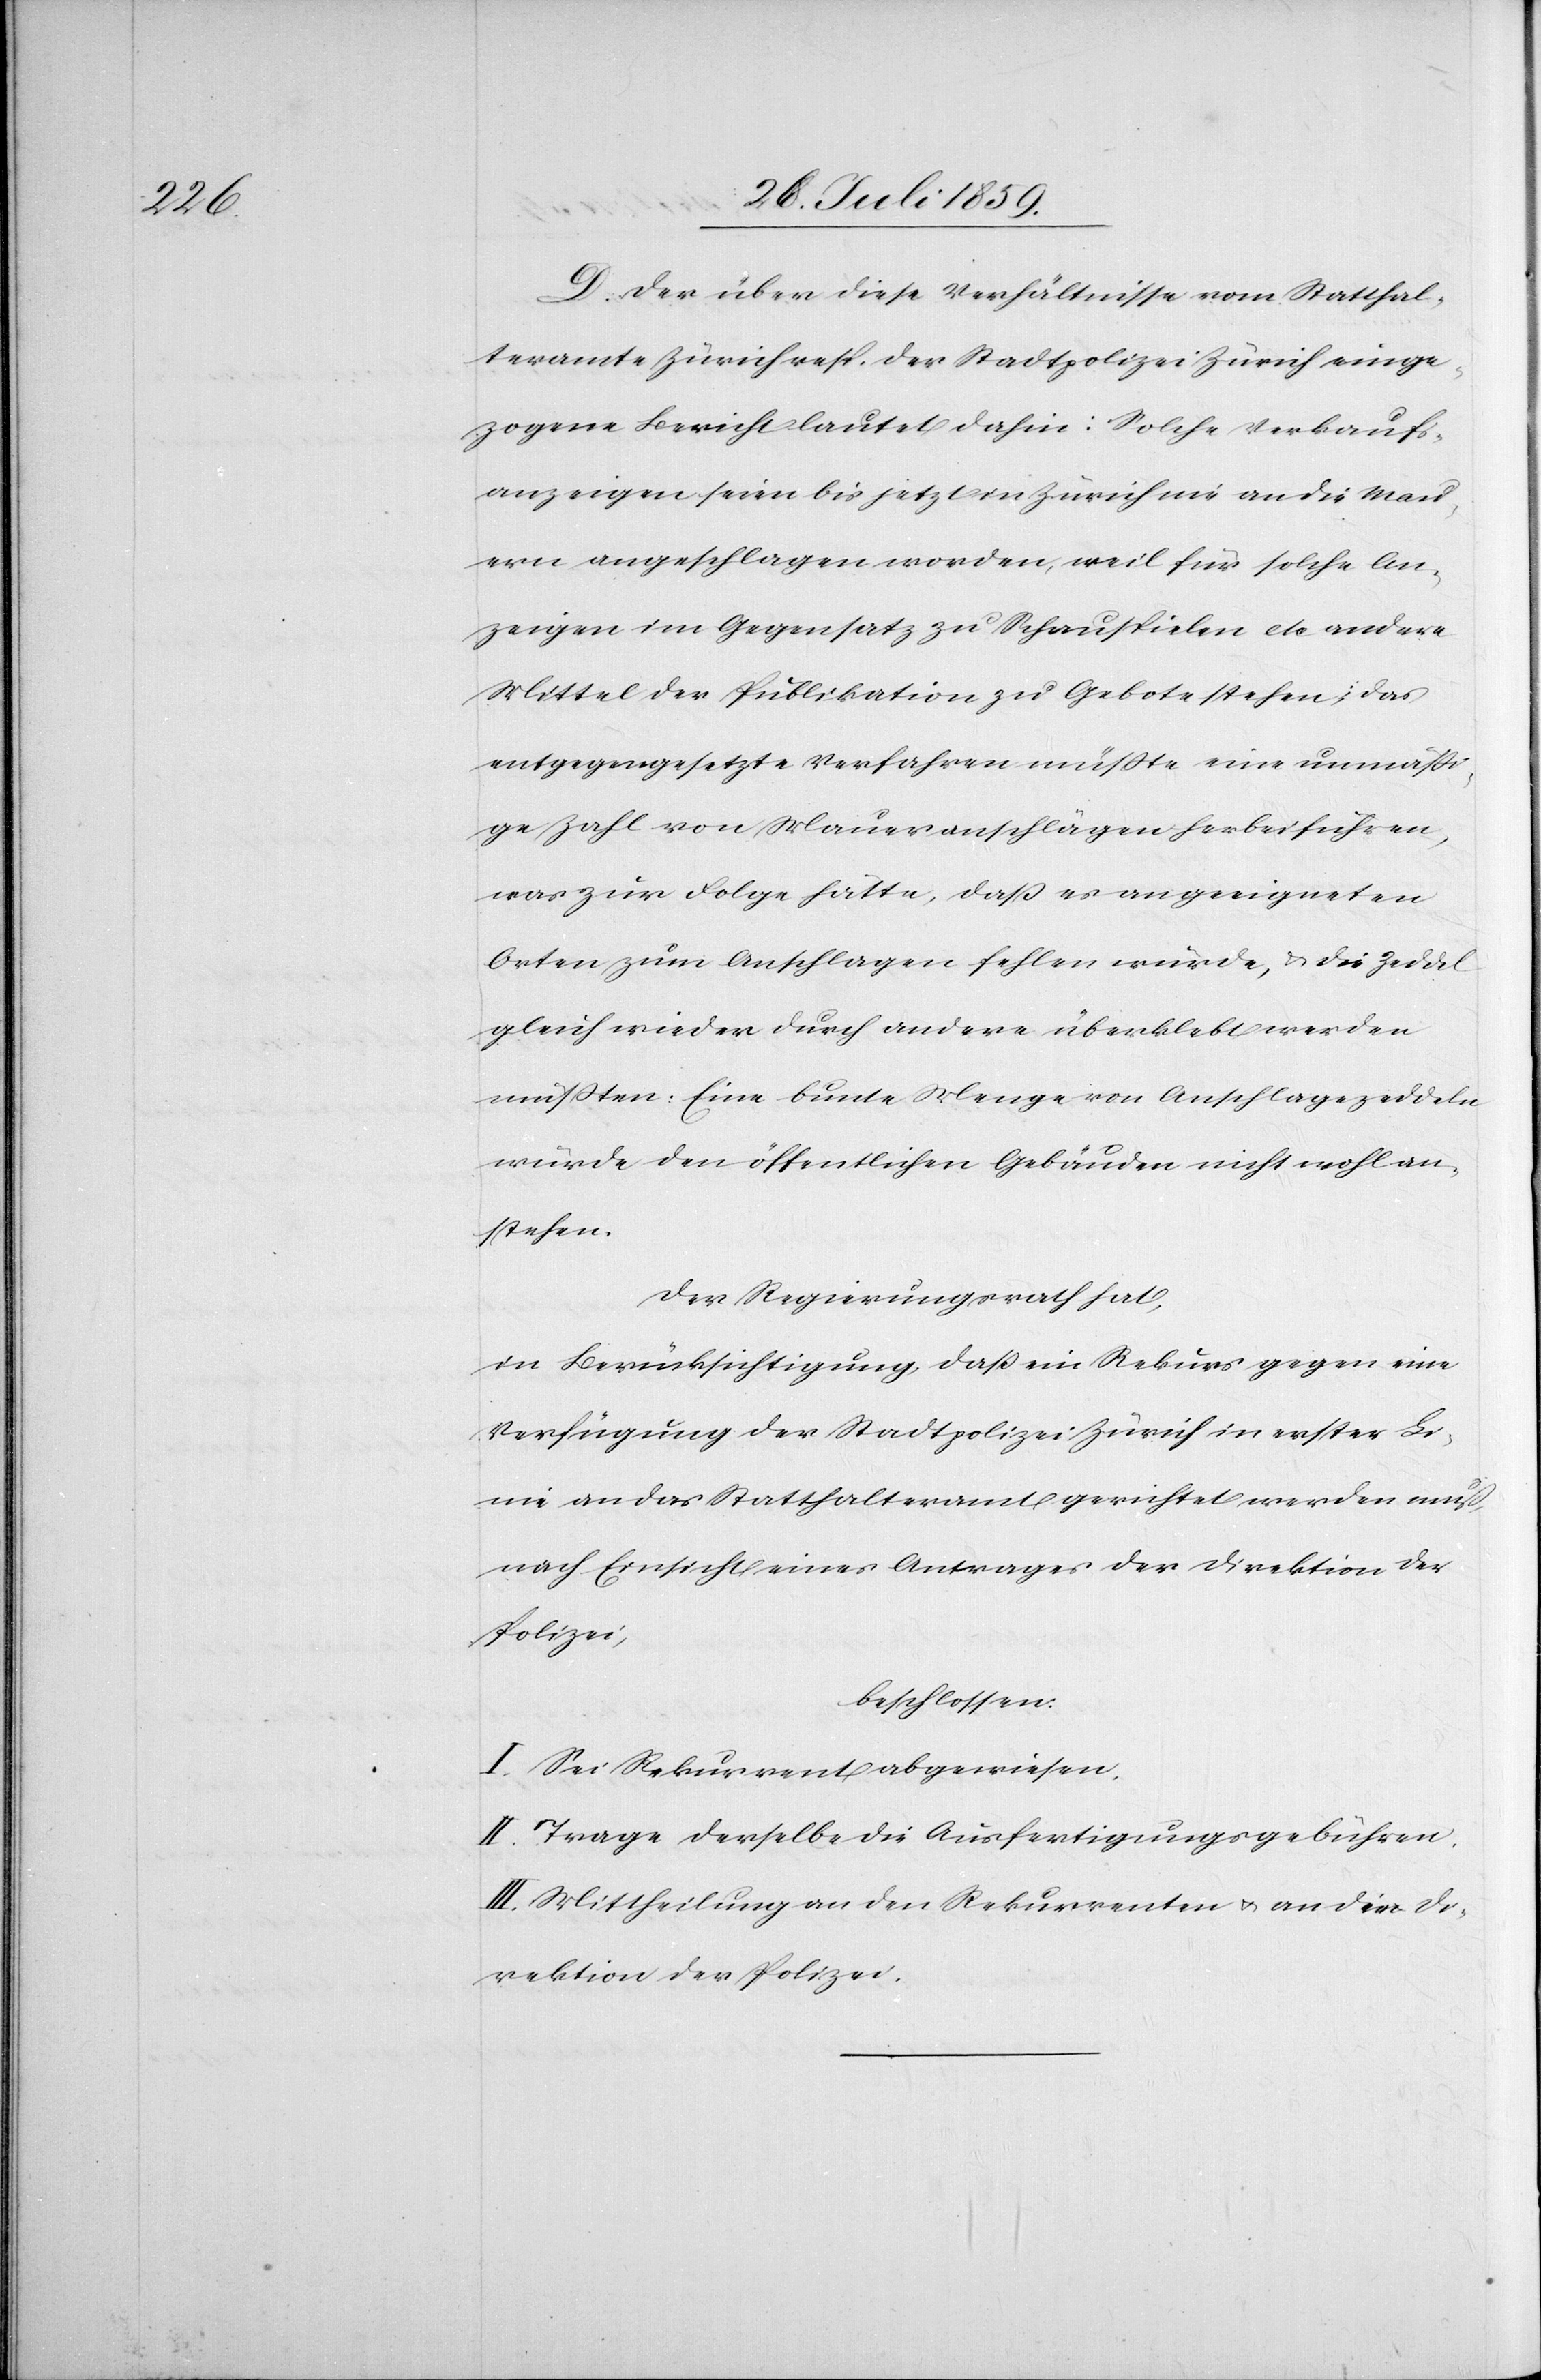
D. Der über diese Verhältnisse vom Statthal¬
teramte Zürich resp. der Stadtpolizei Zürich einge¬
zogene Bericht lautet dahin: Solche Verkaufs¬
anzeigen seien bis jetzt in Zürich nie an die Mau¬
ern angeschlagen worden, weil für solche An¬
zeigen im Gegensatz zu Schauspielen etc andere
Mittel der Publikation zu Gebote stehen. Das
entgegengesetzte Verfahren müßte eine unmäßi¬
ge Zahl von Maueranschlägen herbeiführen,
was zur Folge hätte, daß es an geeigneten
Orten zum Anschlagen fehlen würde, u. die Zeddel
gleich wieder durch andere überklebt werden
müßten: Eine bunte Menge von Anschlagszeddeln
würde den öffentlichen Gebäuden nicht wohl an¬
stehen.
Der Regierungsrath hat,
in Berüksichtigung, daß ein Rekurs gegen eine
Verfügung der Stadtpolizei Zürich in erster Li¬
nie an das Statthalteramt gerichtet werden muß,
nach Einsicht eines Antrages der Direktion der
Polizei,
beschlossen:
I. Sei Rekurrent abgewiesen.
II. Trage derselbe die Ausfertigungsgebühren.
III. Mittheilung an den Rekurrenten u. an die Di¬
rektion der Polizei.